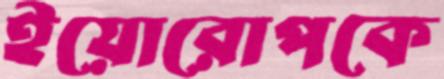
ইয়োরোপকে